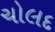
ચોલદ